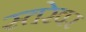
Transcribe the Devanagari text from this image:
स्तरेवर